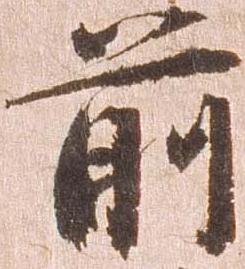
前